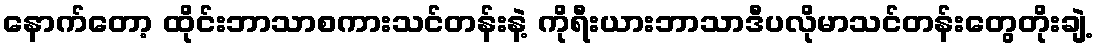
နောက်တော့ ထိုင်းဘာသာစကားသင်တန်းနဲ့ ကိုရီးယားဘာသာဒီပလိုမာသင်တန်းတွေတိုးချဲ့